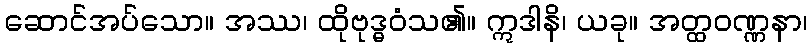
ဆောင်အပ်သော။ အဿ၊ ထိုဗုဒ္ဓဝံသ၏။ ဣဒါနိ၊ ယခု။ အတ္ထဝဏ္ဏနာ၊